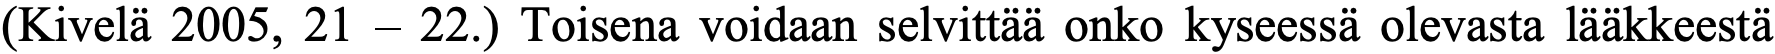
(Kivelä 2005, 21 – 22.) Toisena voidaan selvittää onko kyseessä olevasta lääkkeestä